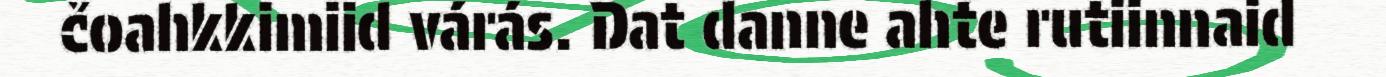
čoahkkimiid várás. Dat danne ahte rutiinnaid